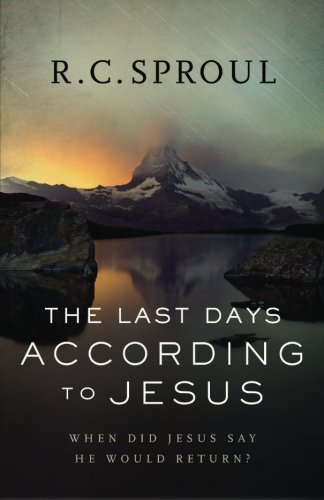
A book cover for The Last Days according to Jesus: When Did Jesus Say He Would Return?; R. C. Sproul; Christian Books & Bibles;